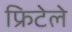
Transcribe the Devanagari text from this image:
फ्रिटेले